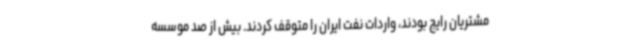
مشتریان رایج بودند، واردات نفت ایران را متوقف کردند. بیش از صد موسسه